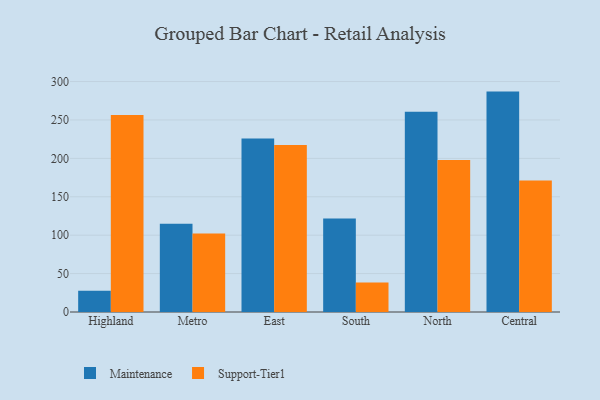
{"axis": {"x": "Region", "y": "Humidity (%)"}, "legend": ["Maintenance", "Support-Tier1"], "data": [{"x": "Highland", "y": 27.7, "type": "Maintenance"}, {"x": "Highland", "y": 256.4, "type": "Support-Tier1"}, {"x": "Metro", "y": 114.9, "type": "Maintenance"}, {"x": "Metro", "y": 102.1, "type": "Support-Tier1"}, {"x": "East", "y": 226.0, "type": "Maintenance"}, {"x": "East", "y": 217.3, "type": "Support-Tier1"}, {"x": "South", "y": 121.7, "type": "Maintenance"}, {"x": "South", "y": 38.5, "type": "Support-Tier1"}, {"x": "North", "y": 260.6, "type": "Maintenance"}, {"x": "North", "y": 198.0, "type": "Support-Tier1"}, {"x": "Central", "y": 286.9, "type": "Maintenance"}, {"x": "Central", "y": 171.3, "type": "Support-Tier1"}]}